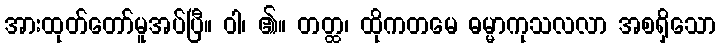
အားထုတ်တော်မူအပ်ပြီ။ ဝါ၊ ၏။ တတ္ထ၊ ထိုကတမေ ဓမ္မာကုသလလာ အစရှိသော